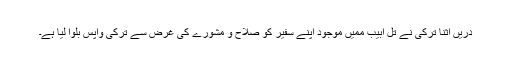
دریں اثنا ترکی نے تل ابیب ممیں موجود اپنے سفیر کو صلاح و مشورے کی غرض سے ترکی واپس بلوا لیا ہے۔